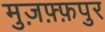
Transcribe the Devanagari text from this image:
मुज़फ़्फ़पुर